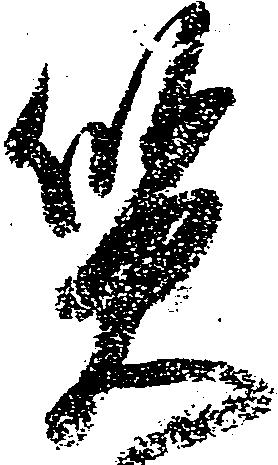
質